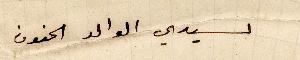
سيدي الوالد الحنون